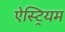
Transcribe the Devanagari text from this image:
ऐस्ट्रियम